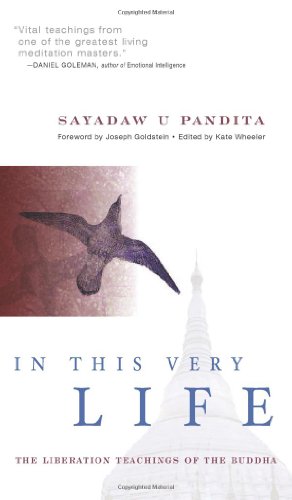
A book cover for In This Very Life : The Liberation Teachings of the Buddha; Sayadaw U. Pandita; Religion & Spirituality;